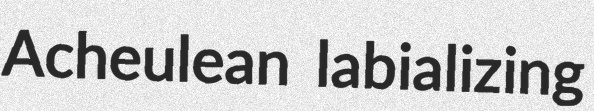
Acheulean labializing